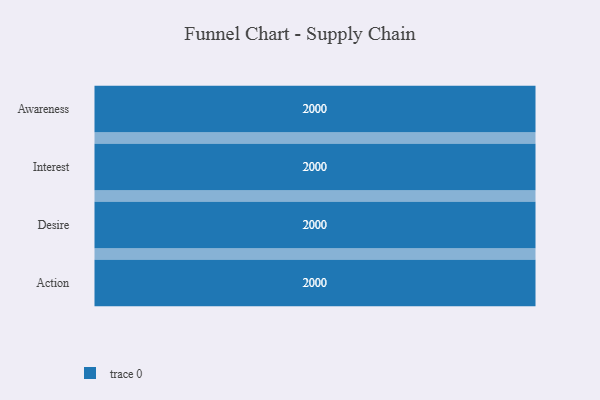
{"axis": {"x": "Stage", "y": "Value"}, "legend": [""], "data": [{"x": "Awareness", "y": 2000, "type": ""}, {"x": "Interest", "y": 2000, "type": ""}, {"x": "Desire", "y": 2000, "type": ""}, {"x": "Action", "y": 2000, "type": ""}]}